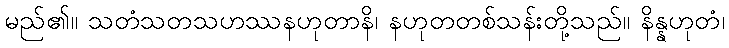
မည်၏။ သတံသတသဟဿနဟုတာနိ၊ နဟုတတစ်သန်းတို့သည်။ နိန္နဟုတံ၊